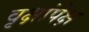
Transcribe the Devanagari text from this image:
वृक्षांपेक्ष